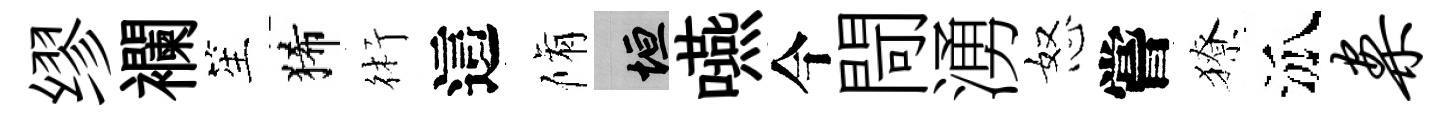
缪襴笙狶術這脩垣嚥今閜湧怒嘗獠泒案